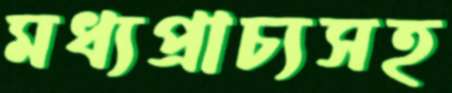
মধ্যপ্রাচ্যসহ